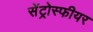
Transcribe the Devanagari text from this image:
सेंट्रोस्फीयर